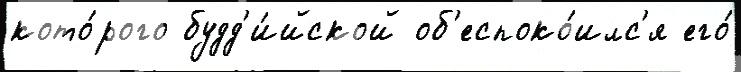
кото́рого будд'и́йской об'еспоко́илс'я его́